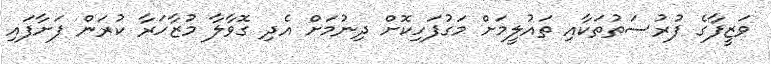
ވަޒީފާގެ ފުރުސަތުތަކާއި ތައުލީމަށް މަގުފަހިކޮށް ދިނުމަށް އެދި ގޮވާލާ މުޒާހަރާ ކުރަން ފަށާފައި